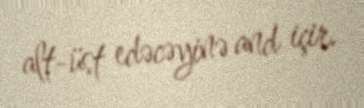
alt-üst edəcəyinə and içir.